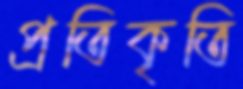
প্রতিকৃতি